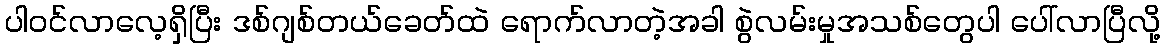
ပါဝင်လာလေ့ရှိပြီး ဒစ်ဂျစ်တယ်ခေတ်ထဲ ရောက်လာတဲ့အခါ စွဲလမ်းမှုအသစ်တွေပါ ပေါ်လာပြီလို့